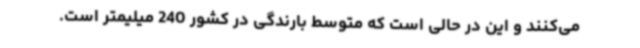
می‌کنند و این در حالی است که متوسط بارندگی در کشور 240 میلیمتر است.